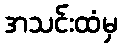
အသင်းထံမှ